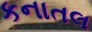
કનાતલ